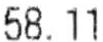
58.11